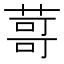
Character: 䔅